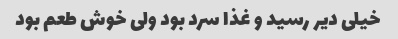
خیلی دیر رسید و غذا سرد بود ولی خوش طعم بود